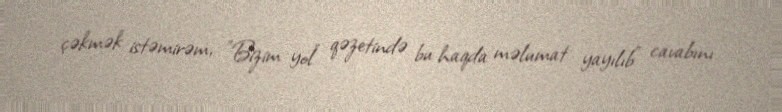
çəkmək istəmirəm, ”Bizim yol" qəzetində bu haqda məlumat yayılıb" cavabını